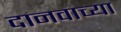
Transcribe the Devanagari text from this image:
दानवाच्या